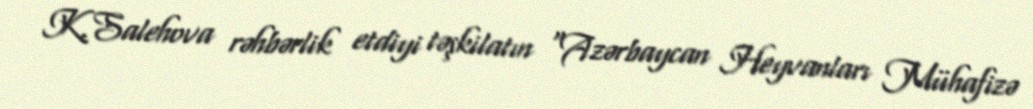
K.Salehova rəhbərlik etdiyi təşkilatın “Azərbaycan Heyvanları Mühafizə